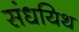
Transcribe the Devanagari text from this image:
संधयिथ